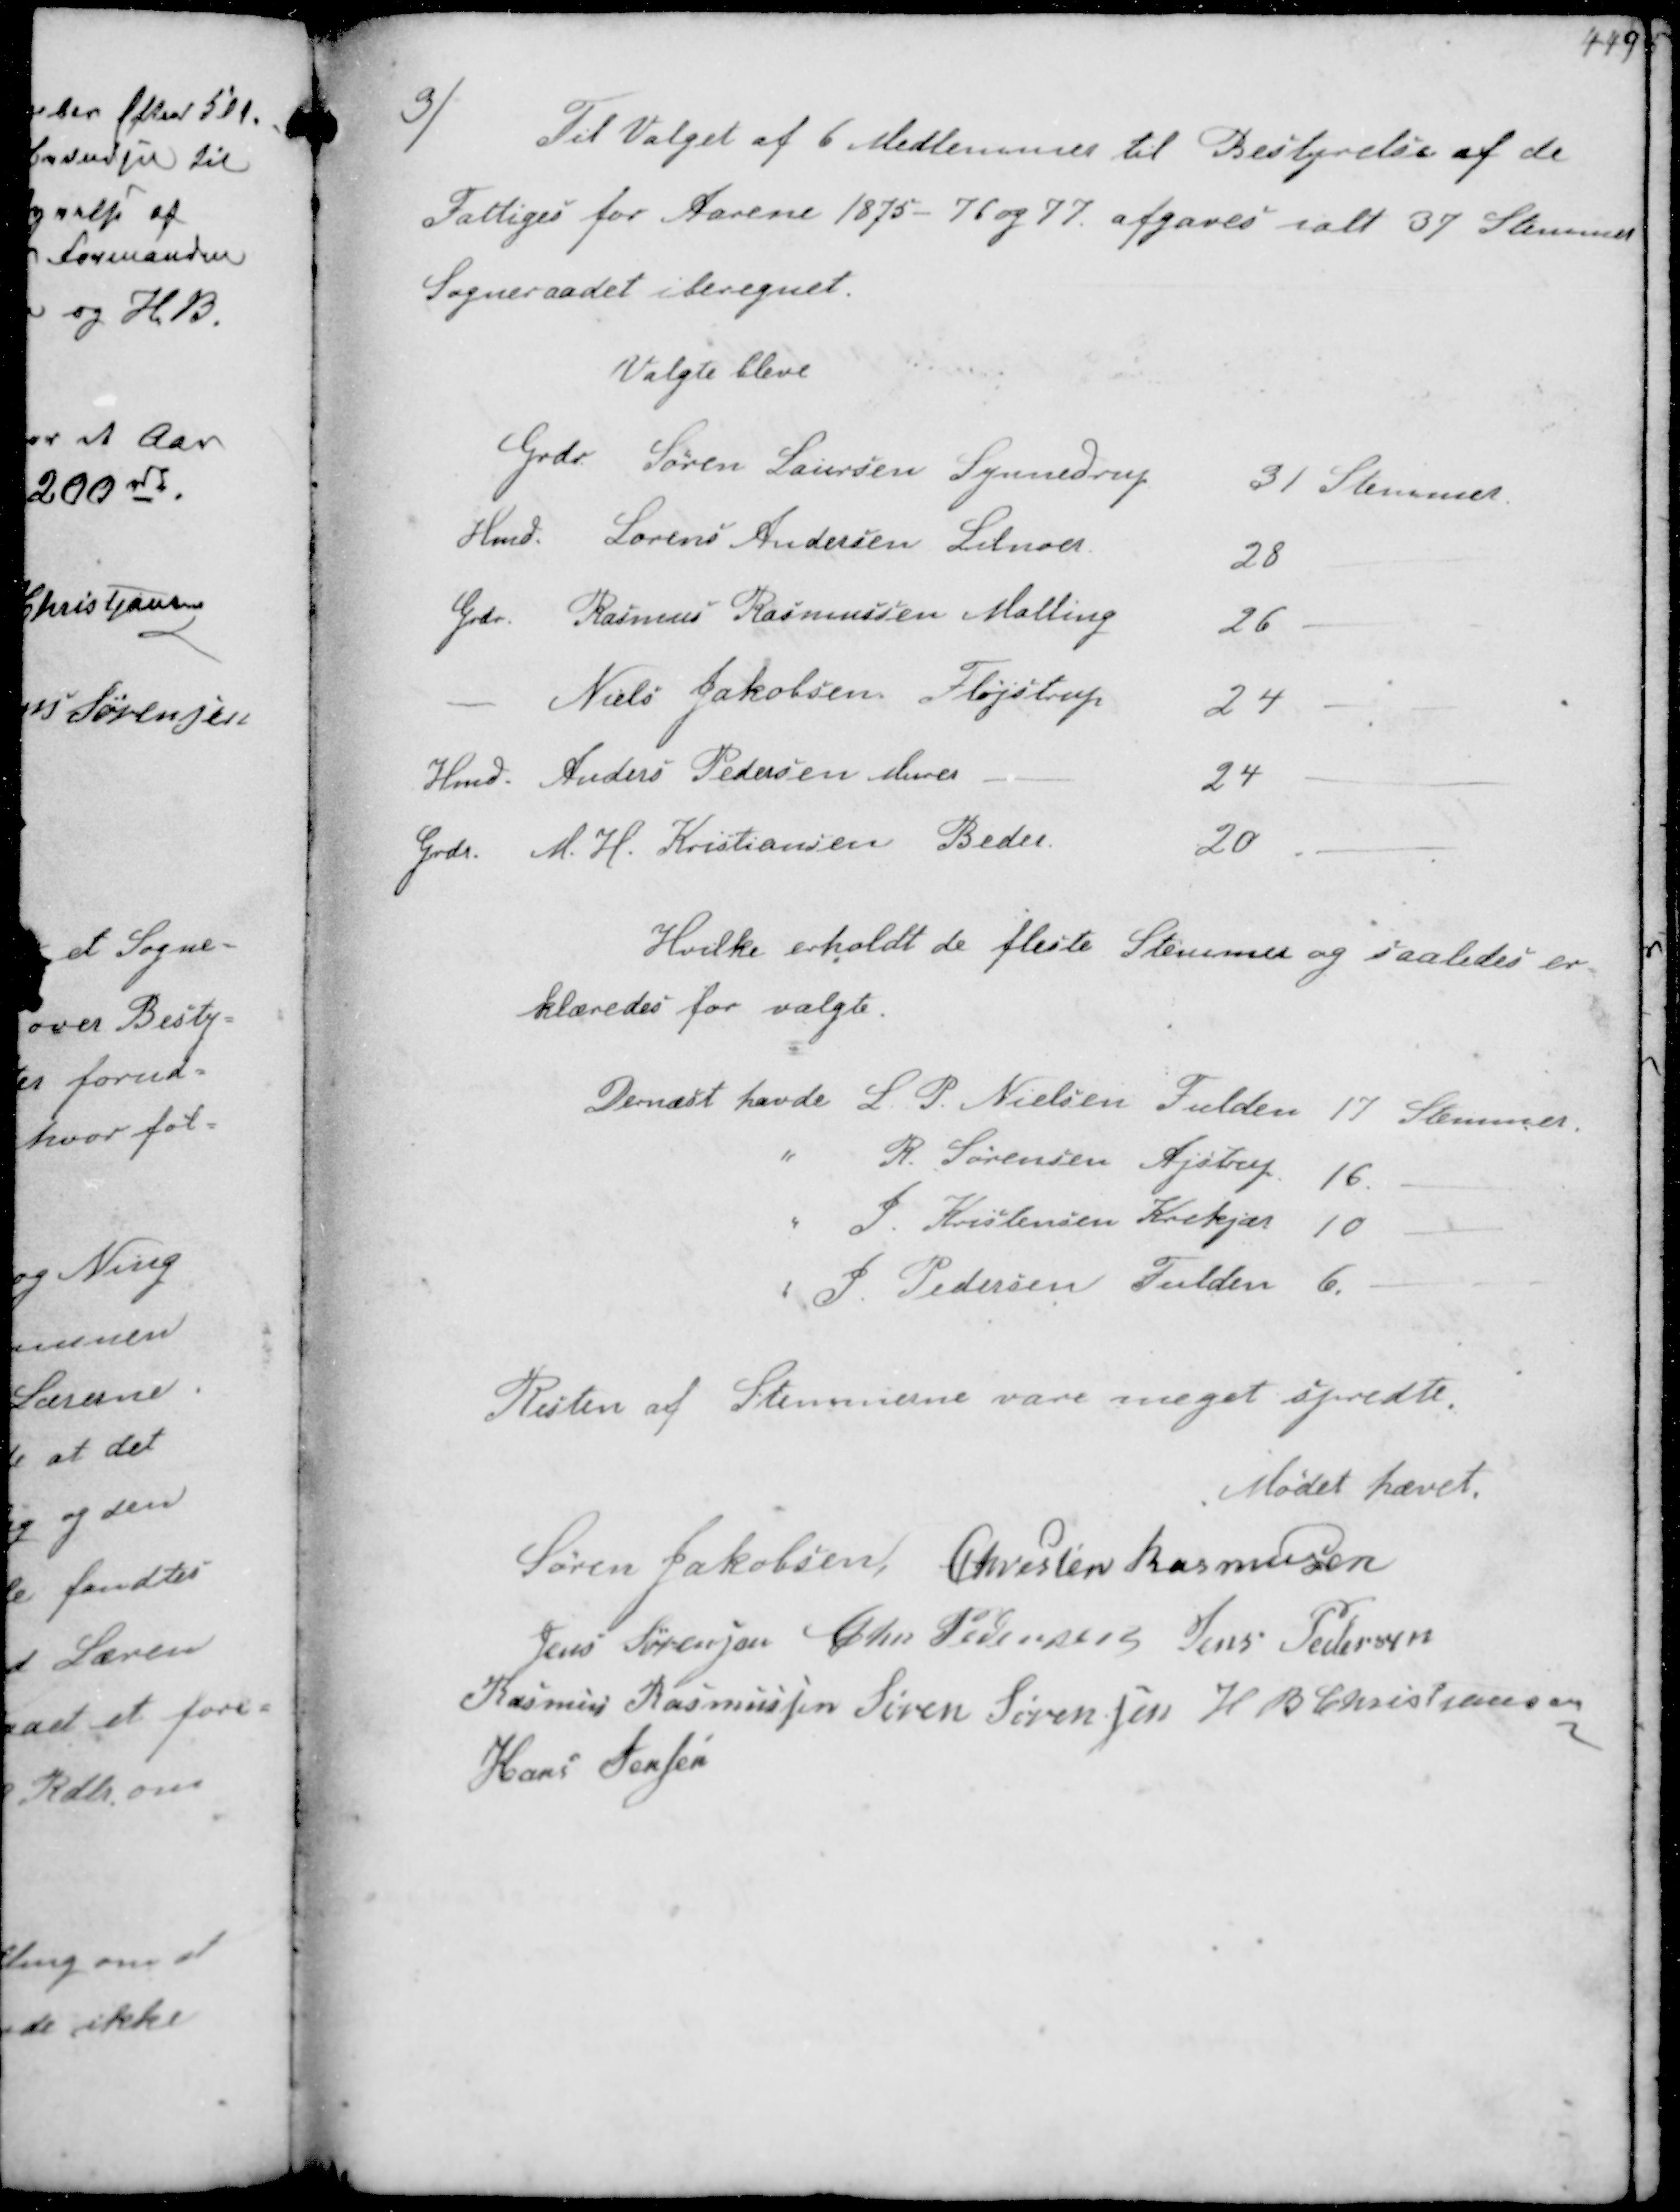
Transskription:
3)
Til Valget af 6 Medlemmer til Bestyrelse af de
Fattiges for Aarene 1875-76 og 77 afgaves i alt 37 stemmer
Sogneraadet iberegnet.

Valgte bleve
Grdr. Søren Lauersen 
31 Stemmer
Hmd Lorens Andersen Lilnoer
28
Grdr. Rasmus Rasmussen Malling 
26
- Niels Jaboksen Fløjstrup
24
Hmd Anders Pedersen Murer
24
Grdr. M. H. Kristiansen Beder
20

Hvilke erholdt de fleste Stemmer og saaledes er- 
klæredes for valgte.
Dernæst havde L. P. Nielsen Fulden 17 Stemmer
" R. Sørensen Ajstrup 16.
" F Kristensen Krekjær 10.
" P Pedersen Fulden 6.

Resten af Stemmerne vare meget spredte.
Mødet hævet.
Søren Jakobsen, Chresten Rasmussen
Jens Sørensen Chr Pedersen Jens Pedersen
Rasmus Rasmussen Søren Sørensen H B Christjansen
Hans Jensen